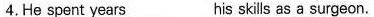
4.He spent years___his skils as a surgeon.